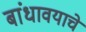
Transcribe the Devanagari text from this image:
बांधावयाचे